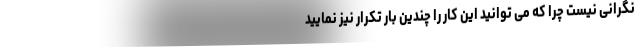
نگرانی نیست چرا که می توانید این کار را چندین بار تکرار نیز نمایید